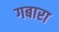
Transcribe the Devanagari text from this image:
गबारा